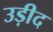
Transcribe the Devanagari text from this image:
उड़ीद